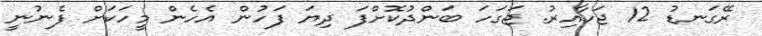
ރޭގަނޑު 12 ޖަހާއިރު. ޖަގަހަ ބަންދުކޮށްފަ ދިޔަ ފަހުން އެހެން މީހަކަށް ފެނުނީ